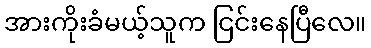
အားကိုးခံမယ့်သူက ငြင်းနေပြီလေ။